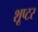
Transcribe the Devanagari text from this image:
शूप्टर